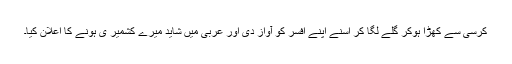
کرسی سے کھڑا ہوکر گلے لگا کر اسنے اپنے افسر کو آواز دی اور عربی میں شاید میرے کشمیر ی ہونے کا اعلان کیا۔